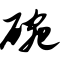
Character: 碗